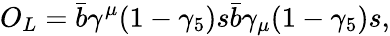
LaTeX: O_{L}=\bar{b}\gamma^{\mu}(1-\gamma_{5})s\bar{b}\gamma_{\mu}(1-\gamma_{5})s,